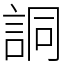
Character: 詷